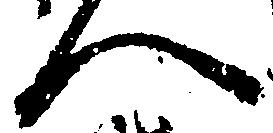
へ